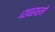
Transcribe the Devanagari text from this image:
व्यवहारमें